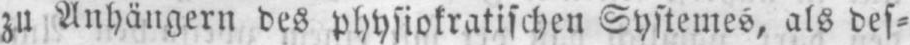
zu Anhängern des physiokratischen Systemes, als des⸗